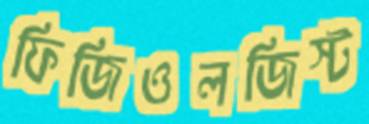
ফিজিওলজিস্ট